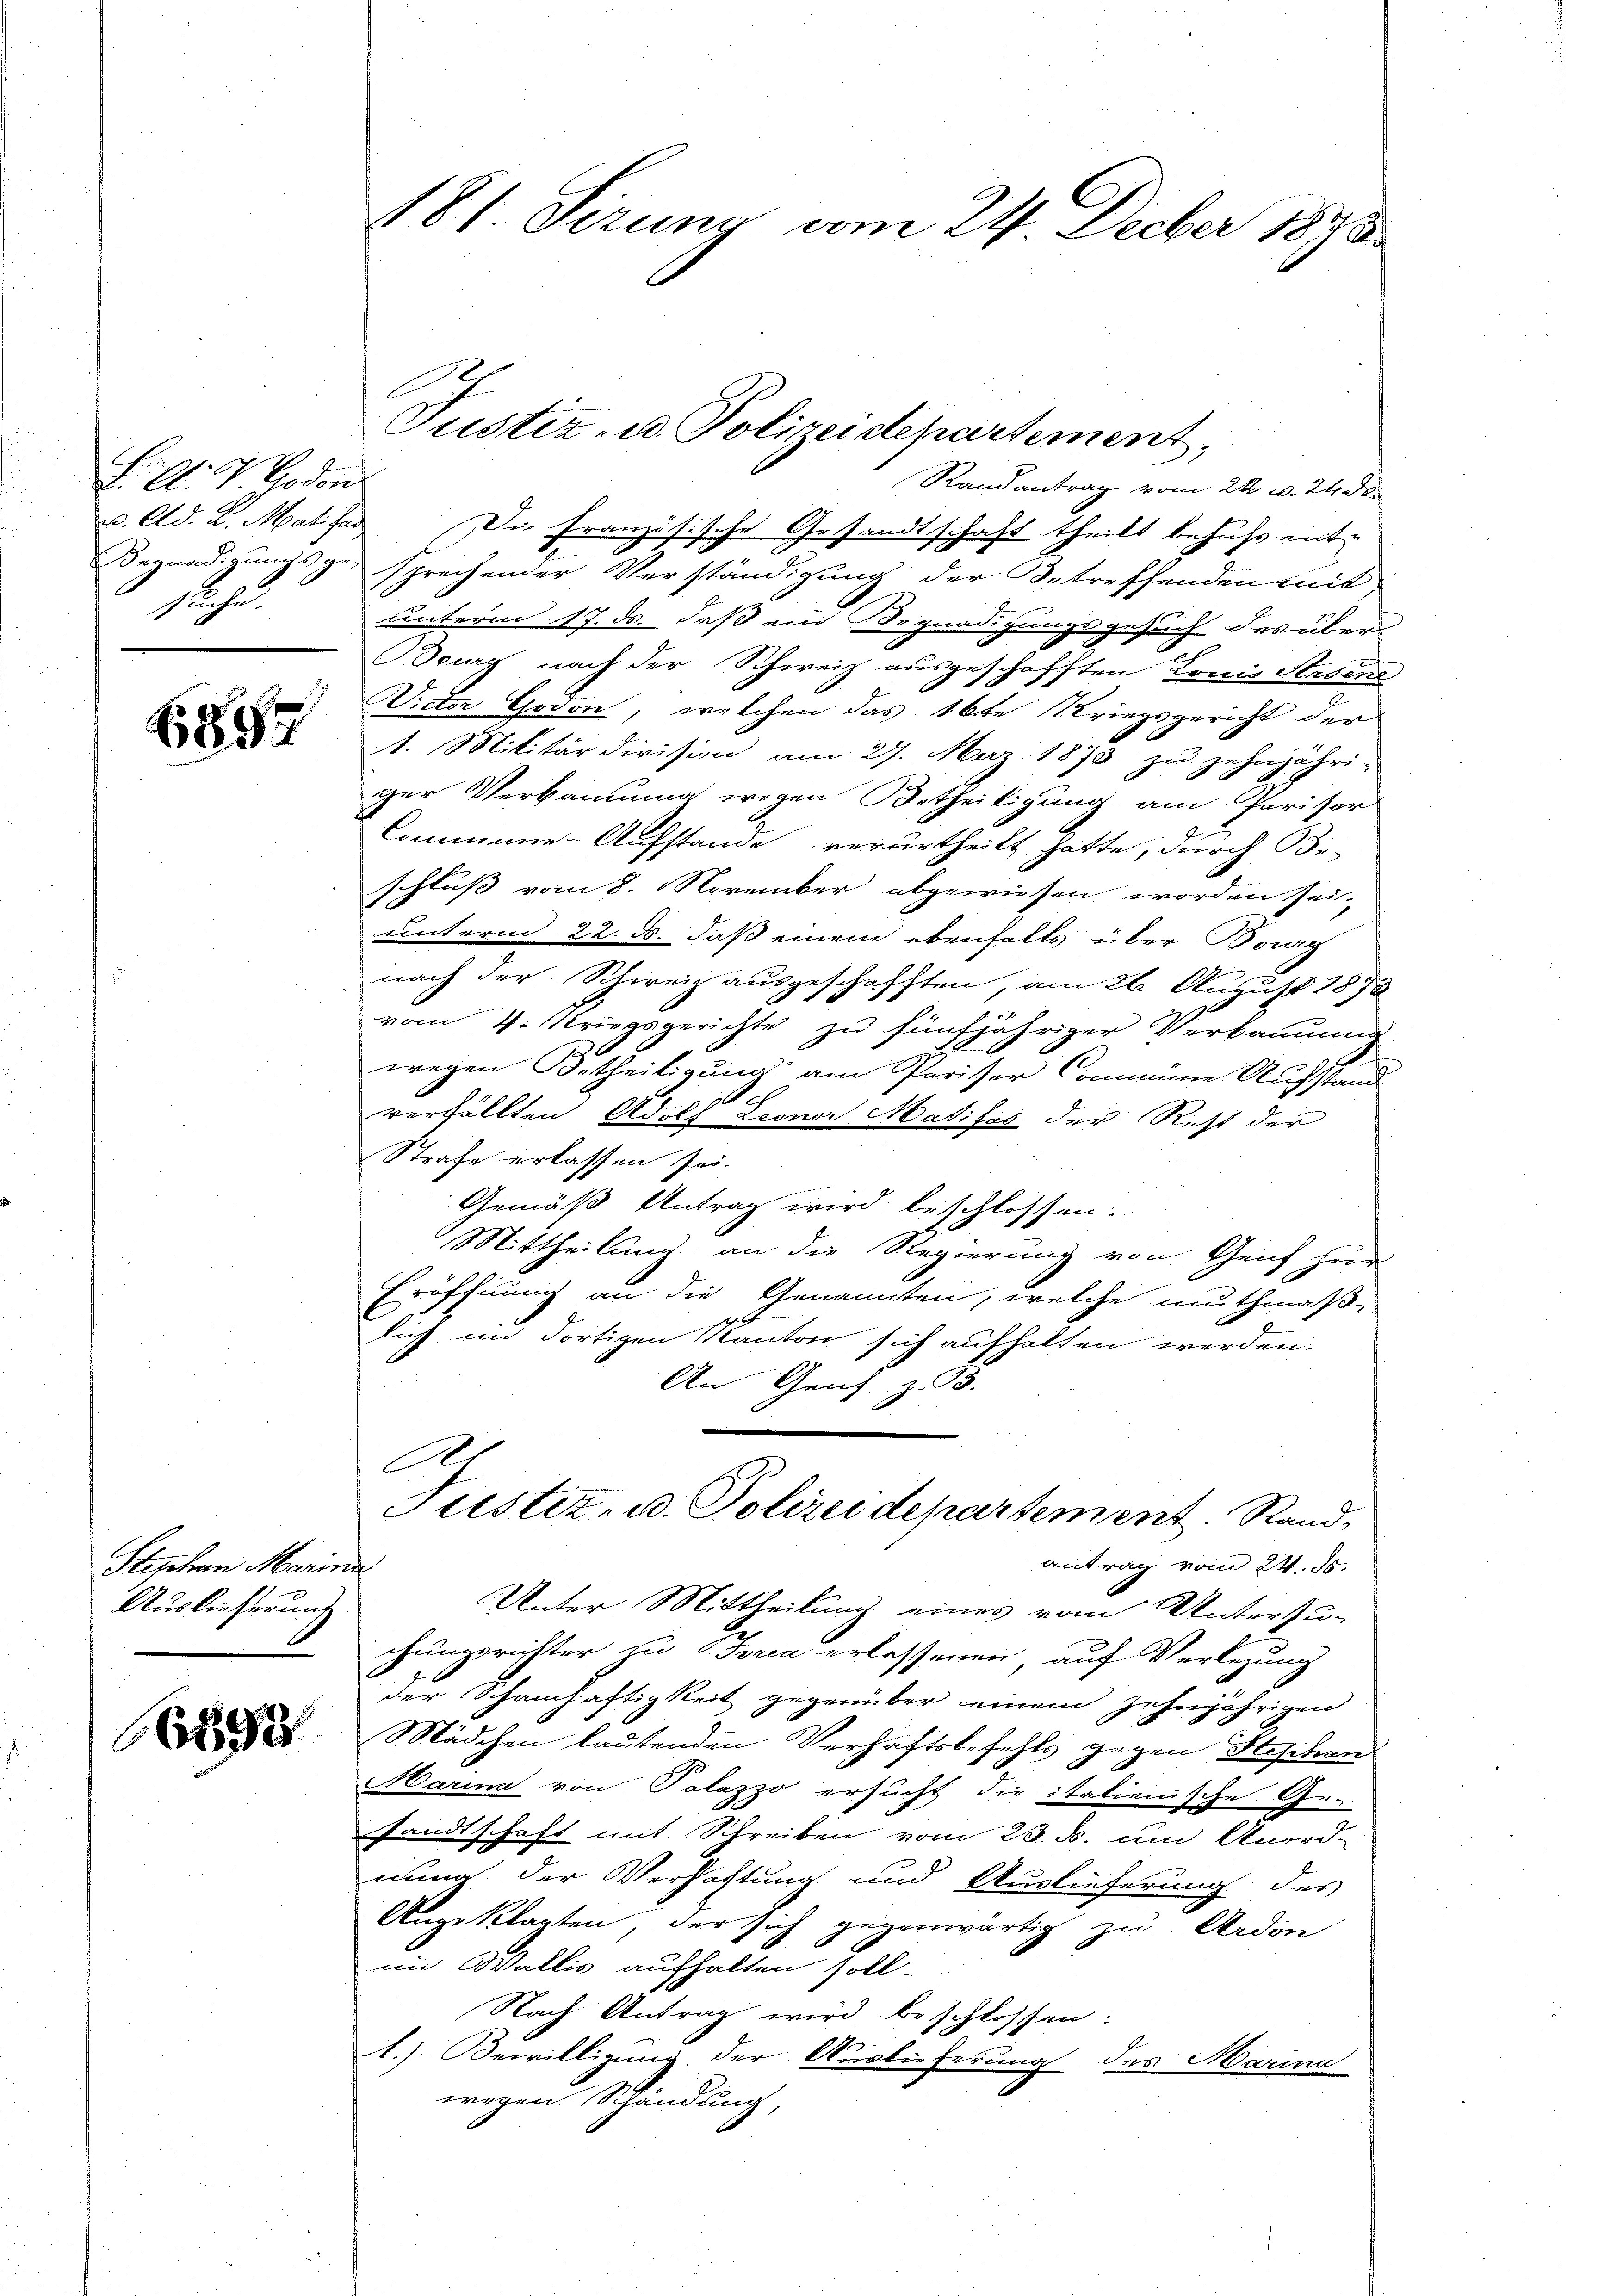
F. G. Boden
suche.

6852

892

Steschen Merin
Auslieferung

Randantrag vom 26. v. 248
u. Ad. L. Matifer. Die Französische Gesandtschaft theilt behufs ent-
Begnadigungsgesprechender Verständigung der Betreffenden mit
unterm 17. ds. daß ein Orgnadigungsgesuch des über
Beug nach der Schweiz ausgeschafften Louis Strseni
Victor Godon, welchen das 16te Kriegsgericht der
1. Militärdivision am 27. Maz. 1873 zu zehnjähri-
ger Verbauung wegen Betheiligung am Parisor
Commune-Aufstande verurtheilt hatte, durch Be-
schluß vom 8. November abgewiesen worden sei.
unterm 22. B. daß einem ebenfalls über Bourg
nach der Schweiz ausgeschafften, am 26. August 1872
vom 4. Kriegsgerichte zu fünfjähriger Verkamung
1
wegen Ortheiligung am Pariser Commine Aufstand
.h.
verfällten Adolf Leoner Matifs der Richt der
Strafe erlassen sei.
Gemäß Antrag wird beschlossen.
Mittheilung an die Regierung von Geif zur
Eröffnung an die Genannten, welche muthmaß-
lich im dortigen Kanton sich aufhalten werden.
An Gens. z. B.
A
Justiz- u. Polizeidepartement. Stand,
antrag vom 24. ds.
f
Unter Mittheilung eines vom Untersu-
chungsrichter zu Jerea erlassenen, auf Verlegung
der Schamhaftigkeit gegenüber einem zehnjährigen
Mädchen lautenden Verhaftsbefehls gegen Steschan
Marina von Palazzo ersucht die italienische Ge-
sandtschaft mit Streiben vom 23. ds. um Anord-
iuna der Verhaftung und Auslieferung des
Angeklagten, der sich gegenwärtig zu Ardon
im Wallis aufhalten soll.
Nach Antrag wird beschlossen:
1.) Bewilligung der Auslieferung des Marina
wegen Schändung,

181. Sizung am 24. Decber 1848

.
Justiz- u. Polizeidepartement,